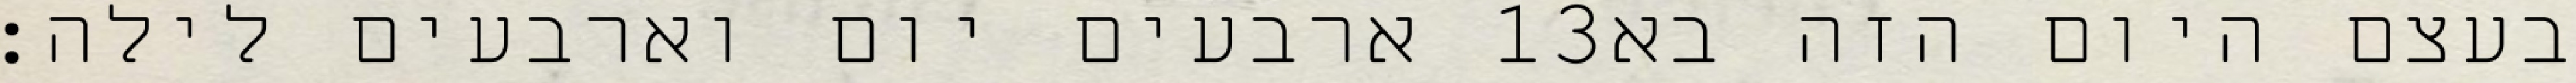
ארבעים יום וארבעים לילה׃ ‎13‏ בעצם היום הזה בא